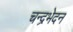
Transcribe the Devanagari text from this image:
चन्द्रभेदन